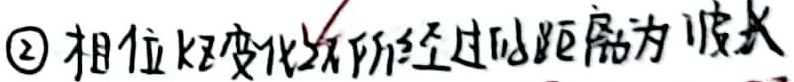
\textcircled{2} 相位每变化\(2\pi\)所经过的距离为波长